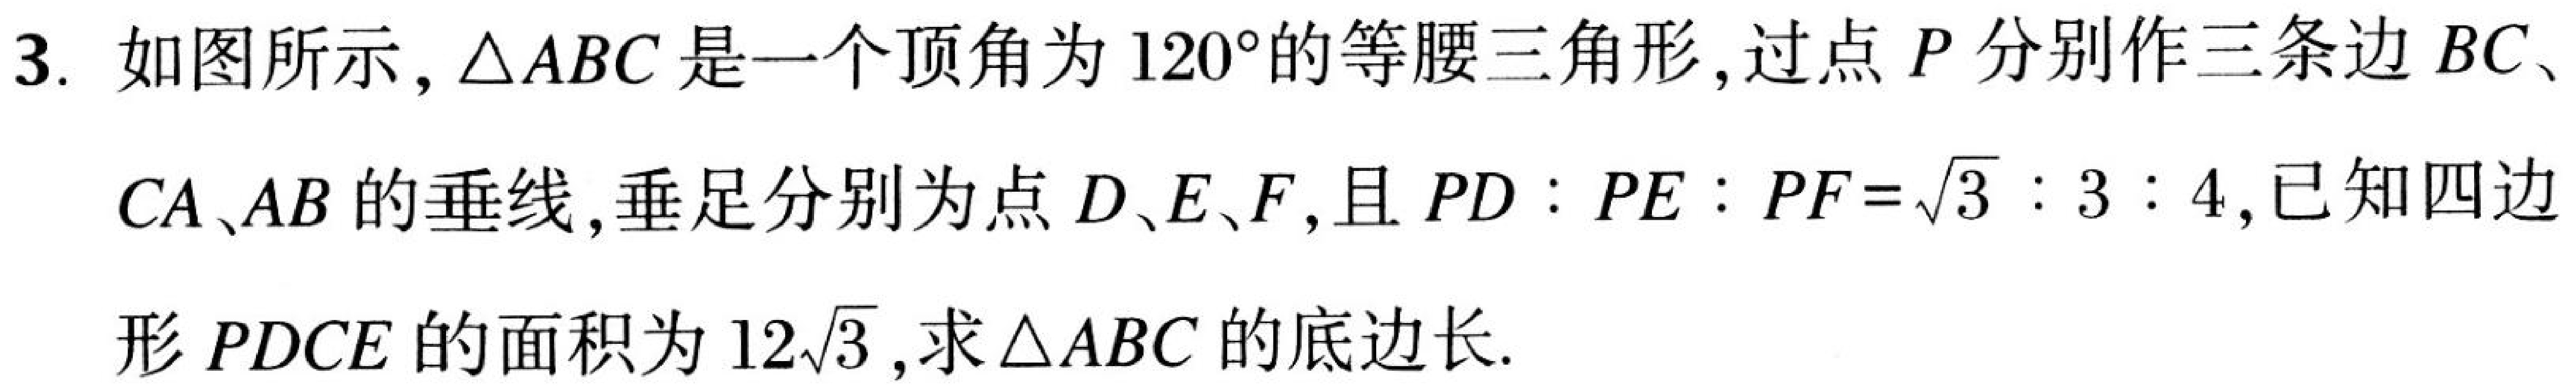
3. 如图所示，$\triangle ABC$是一个顶角为$120^{\circ}$的等腰三角形，过点$P$分别作三条边$BC$、
$CA$、$AB$的垂线，垂足分别为点$D$、$E$、$F$，且$PD:PE:PF = \sqrt{3}:3:4$,已知四边
形$PDCE$的面积为$12\sqrt{3}$,求$\triangle ABC$的底边长.